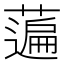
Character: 𦽟